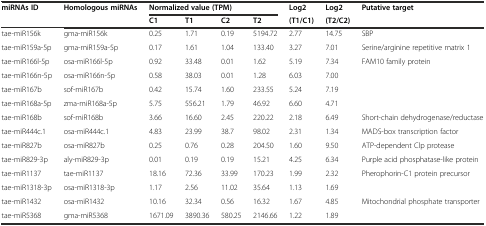
<table><thead><tr><td rowspan="2"><b>miRNAs ID</b></td><td rowspan="2"><b>Homologous miRNAs</b></td><td colspan="4"><b>Normalized value (TPM)</b></td><td><b>Log2</b></td><td><b>Log2</b></td><td rowspan="2"><b>Putative target</b></td></tr><tr><td><b>C1</b></td><td><b>T1</b></td><td><b>C2</b></td><td><b>T2</b></td><td><b>(T1/C1)</b></td><td><b>(T2/C2)</b></td></tr></thead><tbody><tr><td>tae-miR156k</td><td>gma-miR156k</td><td>0.25</td><td>1.71</td><td>0.19</td><td>5194.72</td><td>2.77</td><td>14.75</td><td>SBP</td></tr><tr><td>tae-miR159a-5p</td><td>gma-miR159a-5p</td><td>0.17</td><td>1.61</td><td>1.04</td><td>133.40</td><td>3.27</td><td>7.01</td><td>Serine/arginine repetitive matrix 1</td></tr><tr><td>tae-miR166l-5p</td><td>osa-miR166l-5p</td><td>0.92</td><td>33.48</td><td>0.01</td><td>1.62</td><td>5.19</td><td>7.34</td><td>FAM10 family protein</td></tr><tr><td>tae-miR166n-5p</td><td>osa-miR166n-5p</td><td>0.58</td><td>38.03</td><td>0.01</td><td>1.28</td><td>6.03</td><td>7.00</td><td></td></tr><tr><td>tae-miR167b</td><td>sof-miR167b</td><td>0.42</td><td>15.74</td><td>1.60</td><td>233.55</td><td>5.24</td><td>7.19</td><td></td></tr><tr><td>tae-miR168a-5p</td><td>zma-miR168a-5p</td><td>5.75</td><td>556.21</td><td>1.79</td><td>46.92</td><td>6.60</td><td>4.71</td><td></td></tr><tr><td>tae-miR168b</td><td>sof-miR168b</td><td>3.66</td><td>16.60</td><td>2.45</td><td>220.22</td><td>2.18</td><td>6.49</td><td>Short-chain dehydrogenase/reductase</td></tr><tr><td>tae-miR444c.1</td><td>osa-miR444c.1</td><td>4.83</td><td>23.99</td><td>38.7</td><td>98.02</td><td>2.31</td><td>1.34</td><td>MADS-box transcription factor</td></tr><tr><td>tae-miR827b</td><td>osa-miR827b</td><td>0.25</td><td>0.76</td><td>0.28</td><td>204.50</td><td>1.60</td><td>9.50</td><td>ATP-dependent Clp protease</td></tr><tr><td>tae-miR829-3p</td><td>aly-miR829-3p</td><td>0.01</td><td>0.19</td><td>0.19</td><td>15.21</td><td>4.25</td><td>6.34</td><td>Purple acid phosphatase-like protein</td></tr><tr><td>tae-miR1137</td><td>tae-miR1137</td><td>18.16</td><td>72.36</td><td>33.99</td><td>170.23</td><td>1.99</td><td>2.32</td><td>Pherophorin-C1 protein precursor</td></tr><tr><td>tae-miR1318-3p</td><td>osa-miR1318-3p</td><td>1.17</td><td>2.56</td><td>11.02</td><td>35.64</td><td>1.13</td><td>1.69</td><td></td></tr><tr><td>tae-miR1432</td><td>osa-miR1432</td><td>10.16</td><td>32.34</td><td>0.56</td><td>16.32</td><td>1.67</td><td>4.85</td><td>Mitochondrial phosphate transporter</td></tr><tr><td>tae-miR5368</td><td>gma-miR5368</td><td>1671.09</td><td>3890.36</td><td>580.25</td><td>2146.66</td><td>1.22</td><td>1.89</td><td></td></tr></tbody></table>